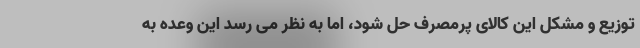
توزیع و مشکل این کالای پرمصرف حل شود، اما به نظر می رسد این وعده به